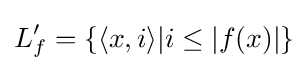
L_{f}^{\prime }=\{\langle x,i\rangle |i\leq |f(x)|\}